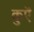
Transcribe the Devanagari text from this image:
कुएॅ